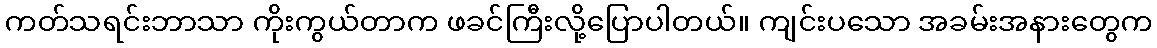
ကတ်သရင်းဘာသာ ကိုးကွယ်တာက ဖခင်ကြီးလို့ပြောပါတယ်။ ကျင်းပသော အခမ်းအနားတွေက